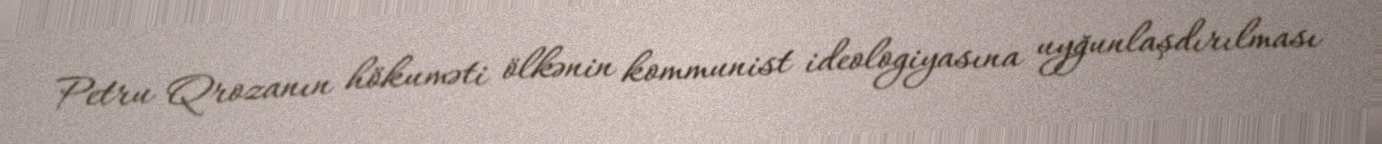
Petru Qrozanın hökuməti ölkənin kommunist ideologiyasına uyğunlaşdırılması